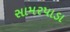
સામરપાડા